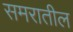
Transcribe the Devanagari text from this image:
समरातील